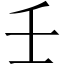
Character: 壬